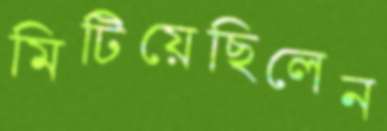
মিটিয়েছিলেন